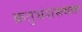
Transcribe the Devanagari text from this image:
क्रतुभ्रंशस्त्वत्तः